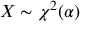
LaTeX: X \sim \chi ^ { 2 } ( \alpha )